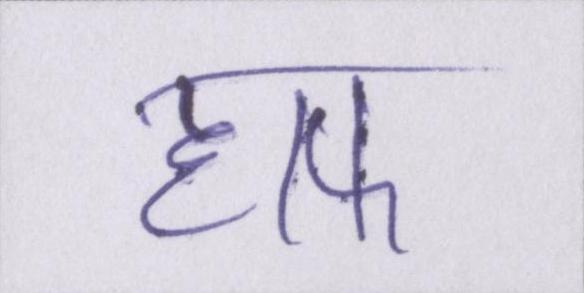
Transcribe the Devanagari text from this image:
हाफ